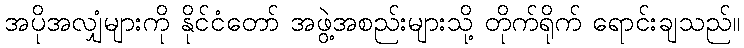
အပိုအလျှံများကို နိုင်ငံတော် အဖွဲ့အစည်းများသို့ တိုက်ရိုက် ရောင်းချသည်။